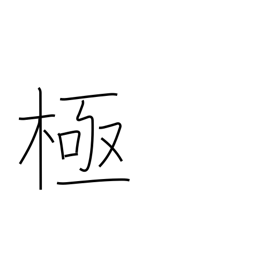
Meaning: 10**48